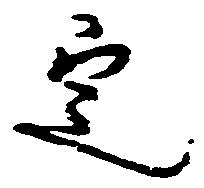
定